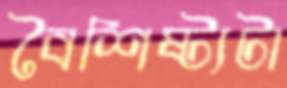
বৈশিষ্ট্যটা